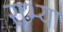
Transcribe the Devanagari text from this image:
राभ्या